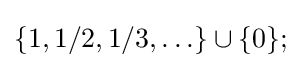
\left\{1,1/2,1/3,\ldots \right\}\cup \{0\};